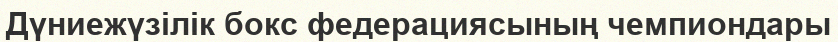
Дүниежүзілік бокс федерациясының чемпиондары